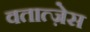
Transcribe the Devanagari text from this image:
वतात्ज़ेस